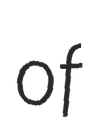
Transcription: of